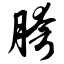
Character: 胯